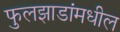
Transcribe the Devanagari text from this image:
फुलझाडांमधील